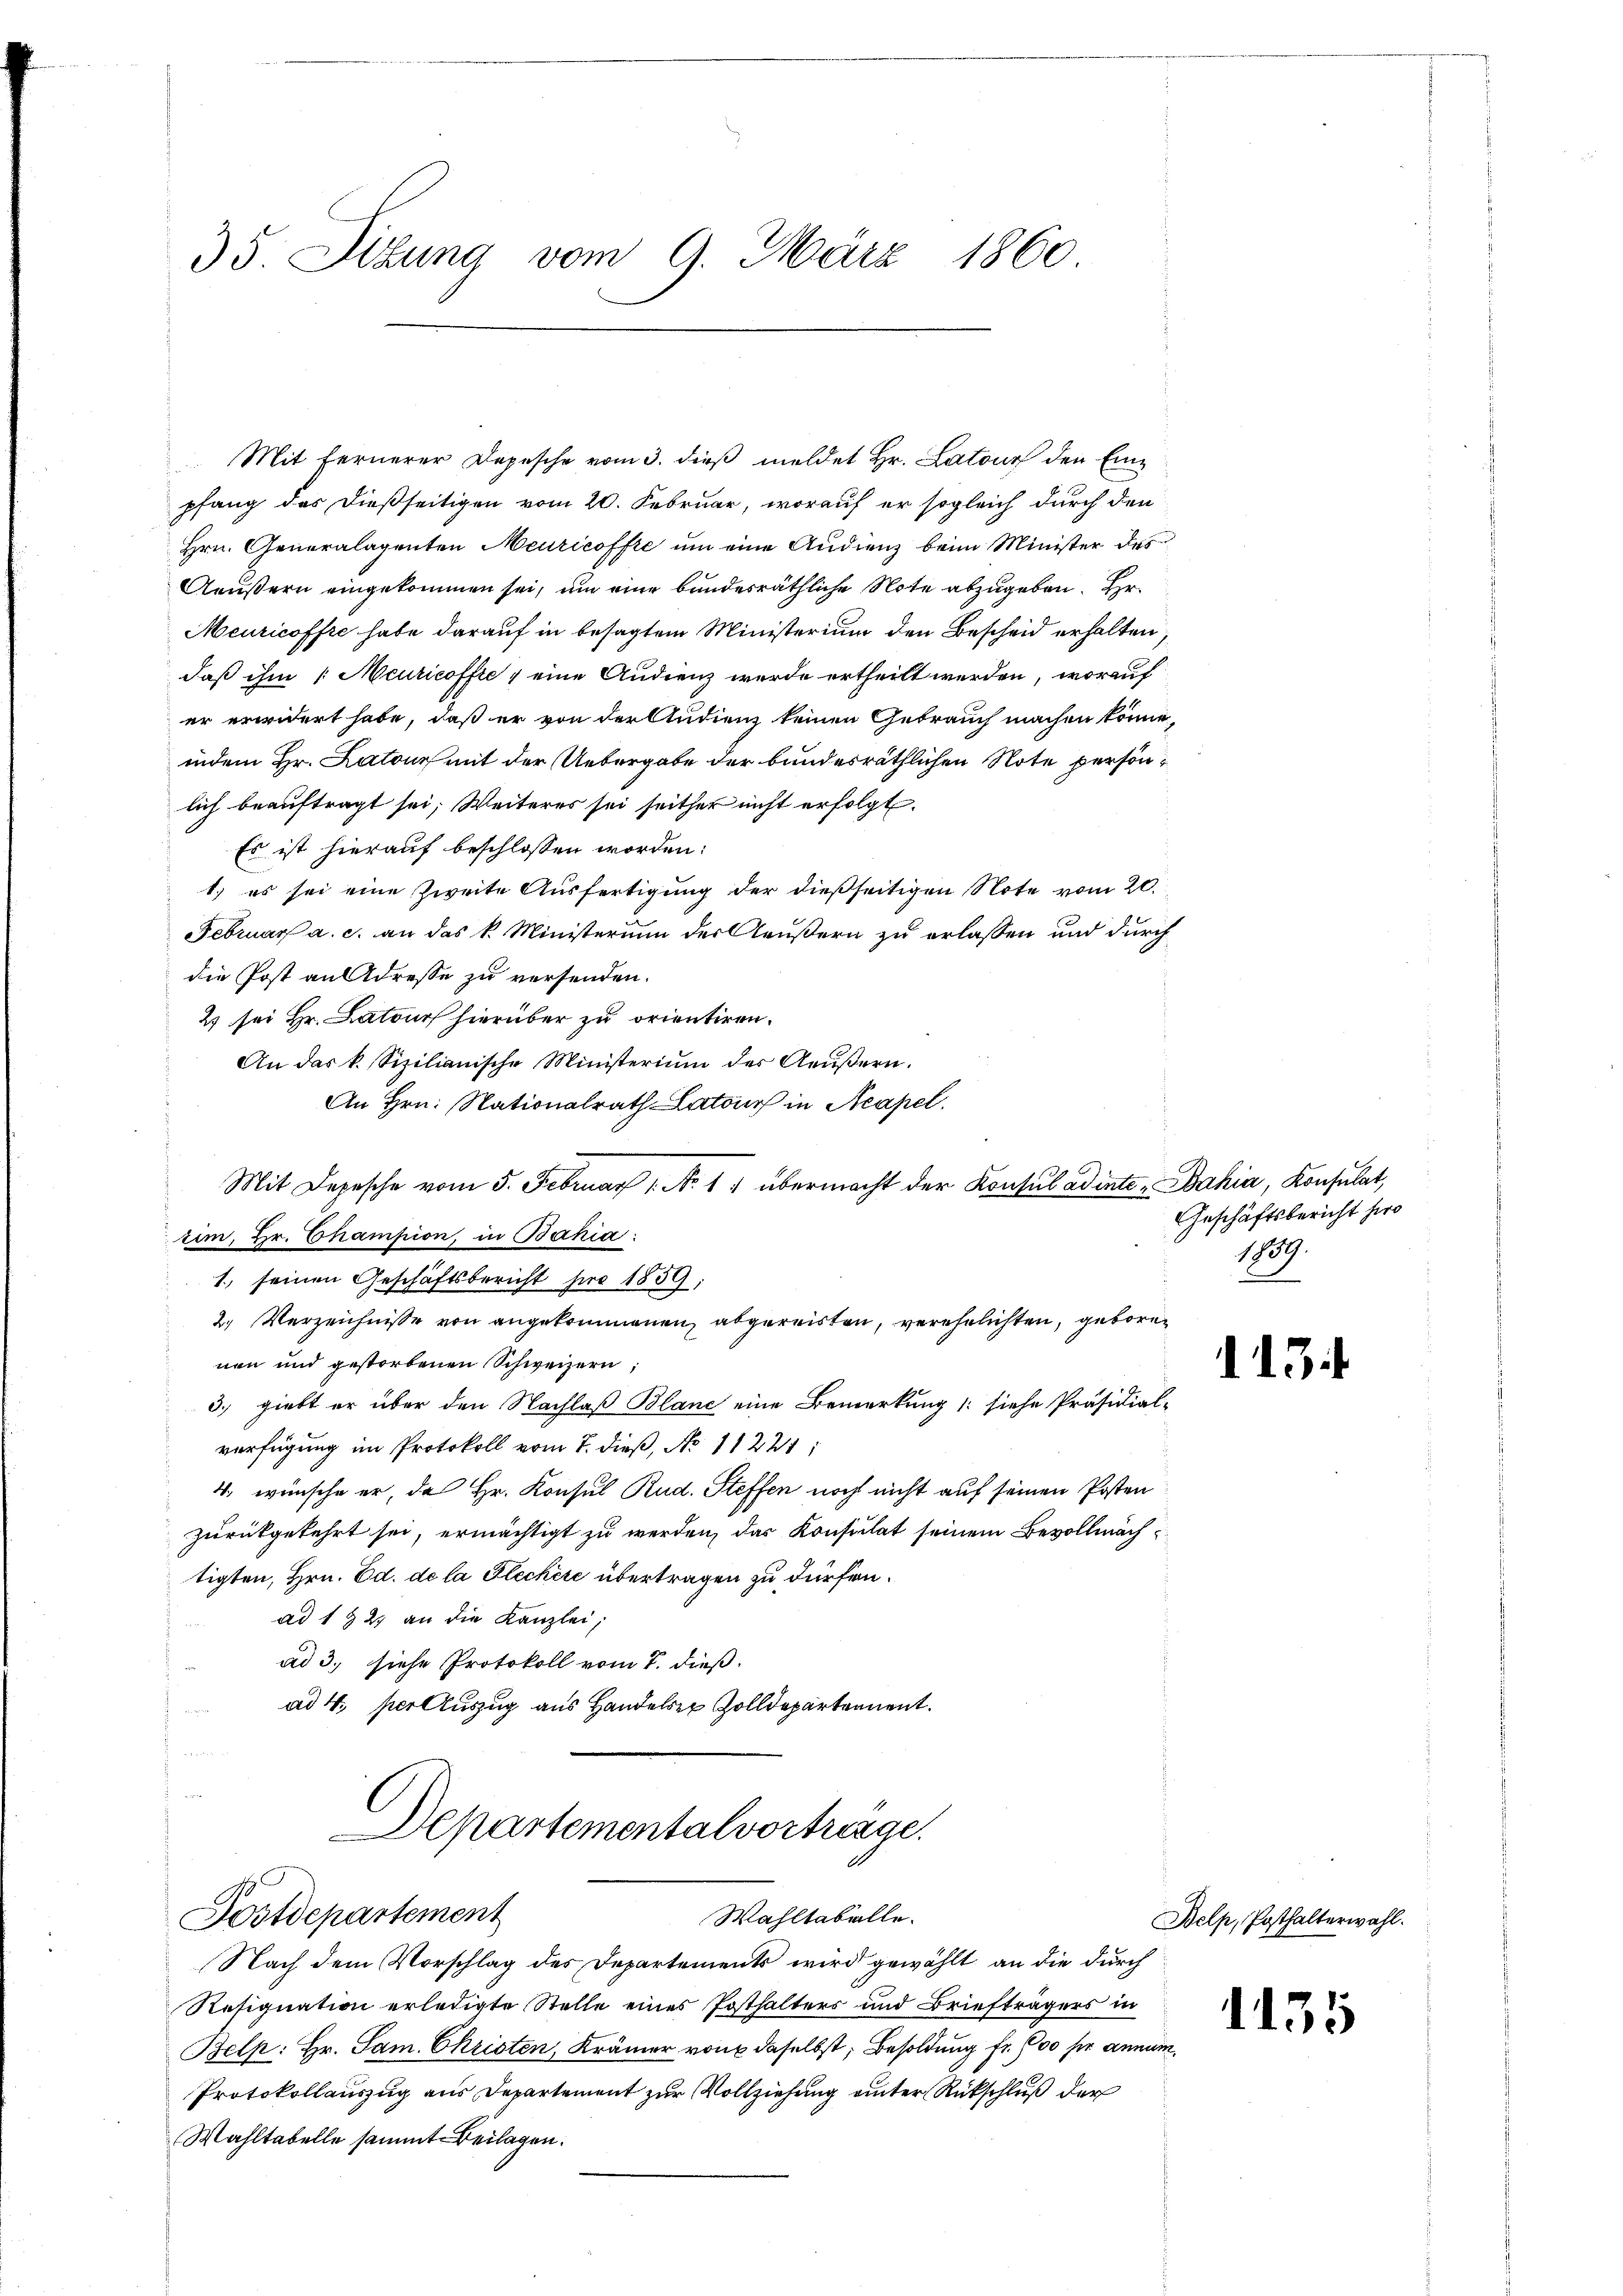
35. Sibung vom 9. März 1860

Mit fernerer Depesche vom 3. dieβ meldet Hr. Latour den Einpfang des dießseitigen vom 20. Februar, worauf er sogleich durch den
Hrn. Generalagenten Meuricoffre um eine Audienz beim Minister des
Aeußern eingekommen sei, um eine bundesräthliche Note abzugeben. Hr
Meuricoffre habe darauf in besagtem Ministerium den Bescheid erhalten,
daß ihm / Meuricoffte 1 eine Audienz wurde ertheilt werden, worauf
er erwidert habe, daß er von der Audienz keinen Gebrauch machen könne,
indem Hr. Latour mit der Uebergabe der bundesräthlichen Note persönlich beauftragt sei; Weiteres sei seither nicht erfolgt.
Es ist hierauf beschlossen worden:
1) es sei eine Zweite Ausfertigung der dießseitigen Note vom 20.
Februar a. c. an das k. Ministerium der Aeußern zu erlassen und durch
die Post an Adresse zu versenden.
2) sei Hr. Latour hierüber zu orientiren.
An das k. Sizilianische Ministerium der Aeußern.
An Hrn. Nationalrath Latour in Neapel.
Mit Depesche vom 5. Februar 1. No 11 übermacht der Konsul adinte „Bahia, Konsulat,
rim, Hr. Champion, in Bahia:
1. seinen Geschäftsbericht pro 1859;
2. Verzeichnisse von angekommenen abgereisten, verehelichten, geborenen und gestorbenen Schweizern,
3.) giebt er über den Nachlaß Blanc eine Bemerkung (: siehe Präsidial-
verfügung im Protokoll vom 7. dieß, No 11221:
4. wünsche er, da Hr. Konsul Rud. Steffen noch nicht auf seinen Posten
zurückgekehrt sei, ermächtigt zu werden, das Konsulat seinem Bevollmächtigten, Hrn. Ed. de la Flechere übertragen zu dürfen.
ad 1 & 2. an die Kanzlei,

ad 3, siehe Protokoll vom 7. dieß.
ad 4. per Auszug aus Handeler Zolldepartement.

Departementalvortrenge.
10
Wahltabelle.
Postdepartement

Nach dem Vorschlag des Departements wird gewählt, an die durch
Resignation erledigte Stelle eines Posthalters und Briefträgers in
Belp: Hr. Sam. Christen, Krämer von daselbst, Besoldung fr. 600 fr annun
Protokollauszug aus Departement zur Vollziehung unter Rückschluß der
Wahltabelle sammt Beilagen.

Geschäftsbericht hiro
1759.

11

Belp, Posthalterwahl.

135